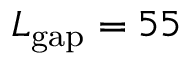
L _ { \mathrm { g a p } } = 5 5